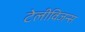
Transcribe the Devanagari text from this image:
टेलीविजन्स